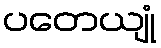
ပတေယျုံ